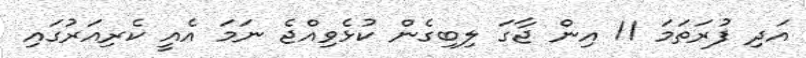
އަދި ފުރަތަމަ 11 އިން ޖާގަ ލިބިގެން ކުޅެވިއްޖެ ނަމަ އެއީ ކެރިއަރުގައި